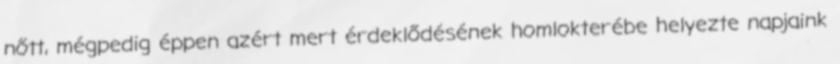
nőtt, mégpedig éppen azért mert érdeklődésének homlokterébe helyezte napjaink